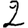
Digit: 2